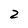
Character: 2